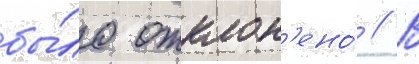
бы́ло отклон'ено́ // В